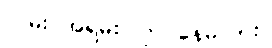
လမ်း အရမ်း ကြပ်နေမလား။